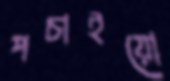
পচাইয়ো